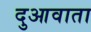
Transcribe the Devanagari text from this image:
दुआवाता